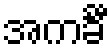
အကင်္ခီ